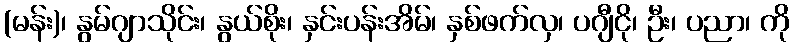
(မန်း)၊ နွမ်ဂျာသိုင်း၊ နွယ်စိုး၊ နှင်းပန်းအိမ်၊ နှစ်ဖက်လှ၊ ပဂျီငို၊ ဦး၊ ပညာ၊ ကို